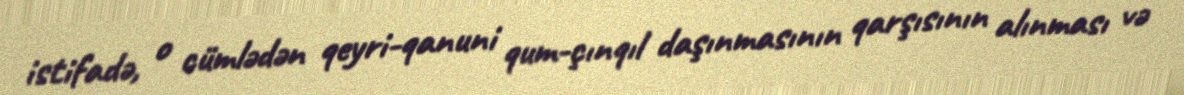
istifadə, o cümlədən qeyri-qanuni qum-çınqıl daşınmasının qarşısının alınması və